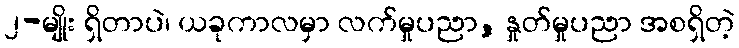
၂-မျိုး ရှိတာပဲ၊ ယခုကာလမှာ လက်မှုပညာ, နှုတ်မှုပညာ အစရှိတဲ့